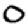
Digit: 0